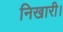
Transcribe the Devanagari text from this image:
निखारी।